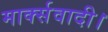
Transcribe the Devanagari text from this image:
मार्क्सवादी।